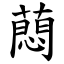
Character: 蕄